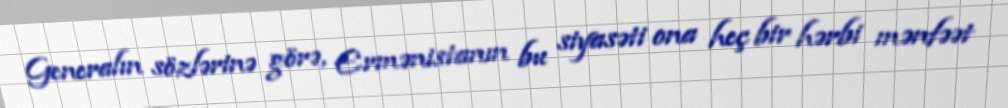
Generalın sözlərinə görə, Ermənistanın bu siyasəti ona heç bir hərbi mənfəət